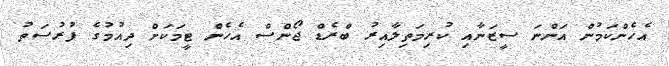
އެހެންކަމުން އަންނަ ސީޒަނާއި ކުރިމަތިލާއިރު ބްރެޑް ޖޯންސް އެހެން ޓީމަކަށް ދިއުމުގެ ފުރުސަތު